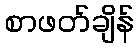
စာဖတ်ချိန်